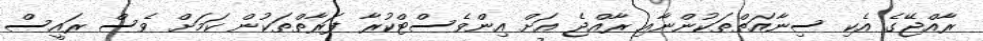
ރާއްޖޭގެ އެކި ސިނާއަތްތަކުންނާއި ރާއްޖެ އަށް އިންވެސްޓްކުރާ ފަރާތްތަކުން ކަމަށް ވެސް ރައީސް